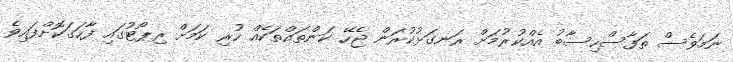
ނަމަވެސް ތަފާސްހިސާބު އެއްކުރުމަށް ރަނގަޅުކުރަން ޖެހޭ ކަންތައްތަކެއް ހުރި ކަމަށް ރިޕޯޓުގައި ފާހަގަކޮށްފައިވެ